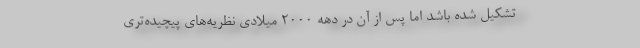
تشکیل شده باشد اما پس از آن در دهه ۲۰۰۰ میلادی نظریه‌های پیچیده‌تری